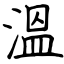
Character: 溫